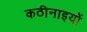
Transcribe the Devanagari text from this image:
कठीनाइयों